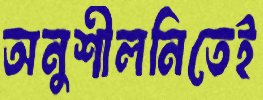
অনুশীলনিতেই